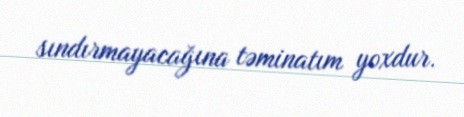
sındırmayacağına təminatım yoxdur.